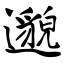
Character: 邈